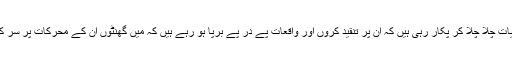
شخصیات چلا چلا کر پکار رہی ہیں کہ ان پر تنقید کروں اور واقعات پے در پے برپا ہو رہے ہیں کہ میں گھنٹوں ان کے محرکات پر سر کھپاؤں۔